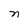
Character: n